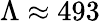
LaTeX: \Lambda\approx 493